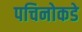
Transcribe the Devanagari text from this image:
पचिनोकडे